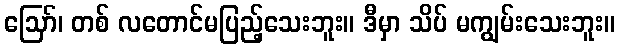
ဪ၊ တစ် လတောင်မပြည့်သေးဘူး။ ဒီမှာ သိပ် မကျွမ်းသေးဘူး။